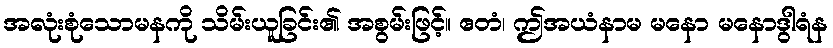
အလုံးစုံသောမနကို သိမ်းယူခြင်း၏ အစွမ်းဖြင့်။ ဧတံ၊ ဤအယံနာမ မနော မနောဒွါရံန